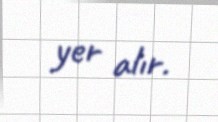
yer alır.